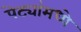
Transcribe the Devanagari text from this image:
पेट्यांमध्ये